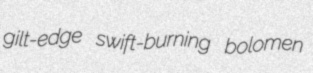
gilt-edge swift-burning bolomen